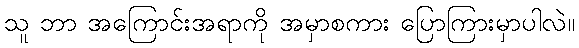
သူ ဘာ အကြောင်းအရာကို အမှာစကား ပြောကြားမှာပါလဲ။